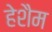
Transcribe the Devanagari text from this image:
हेशैम